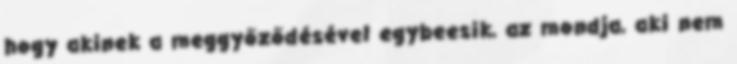
hogy akinek a meggyőződésével egybeesik, az mondja, aki nem